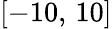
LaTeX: [-10,\, 10]